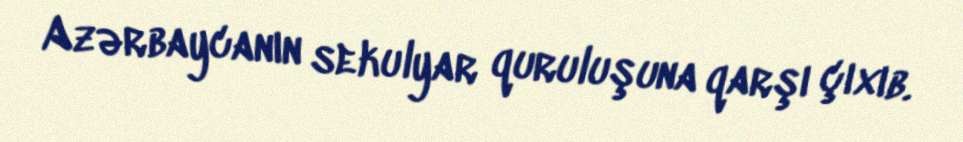
Azərbaycanın sekulyar quruluşuna qarşı çıxıb.